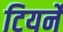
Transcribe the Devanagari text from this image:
टियर्ने